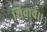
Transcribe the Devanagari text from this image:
शिवाचे।।